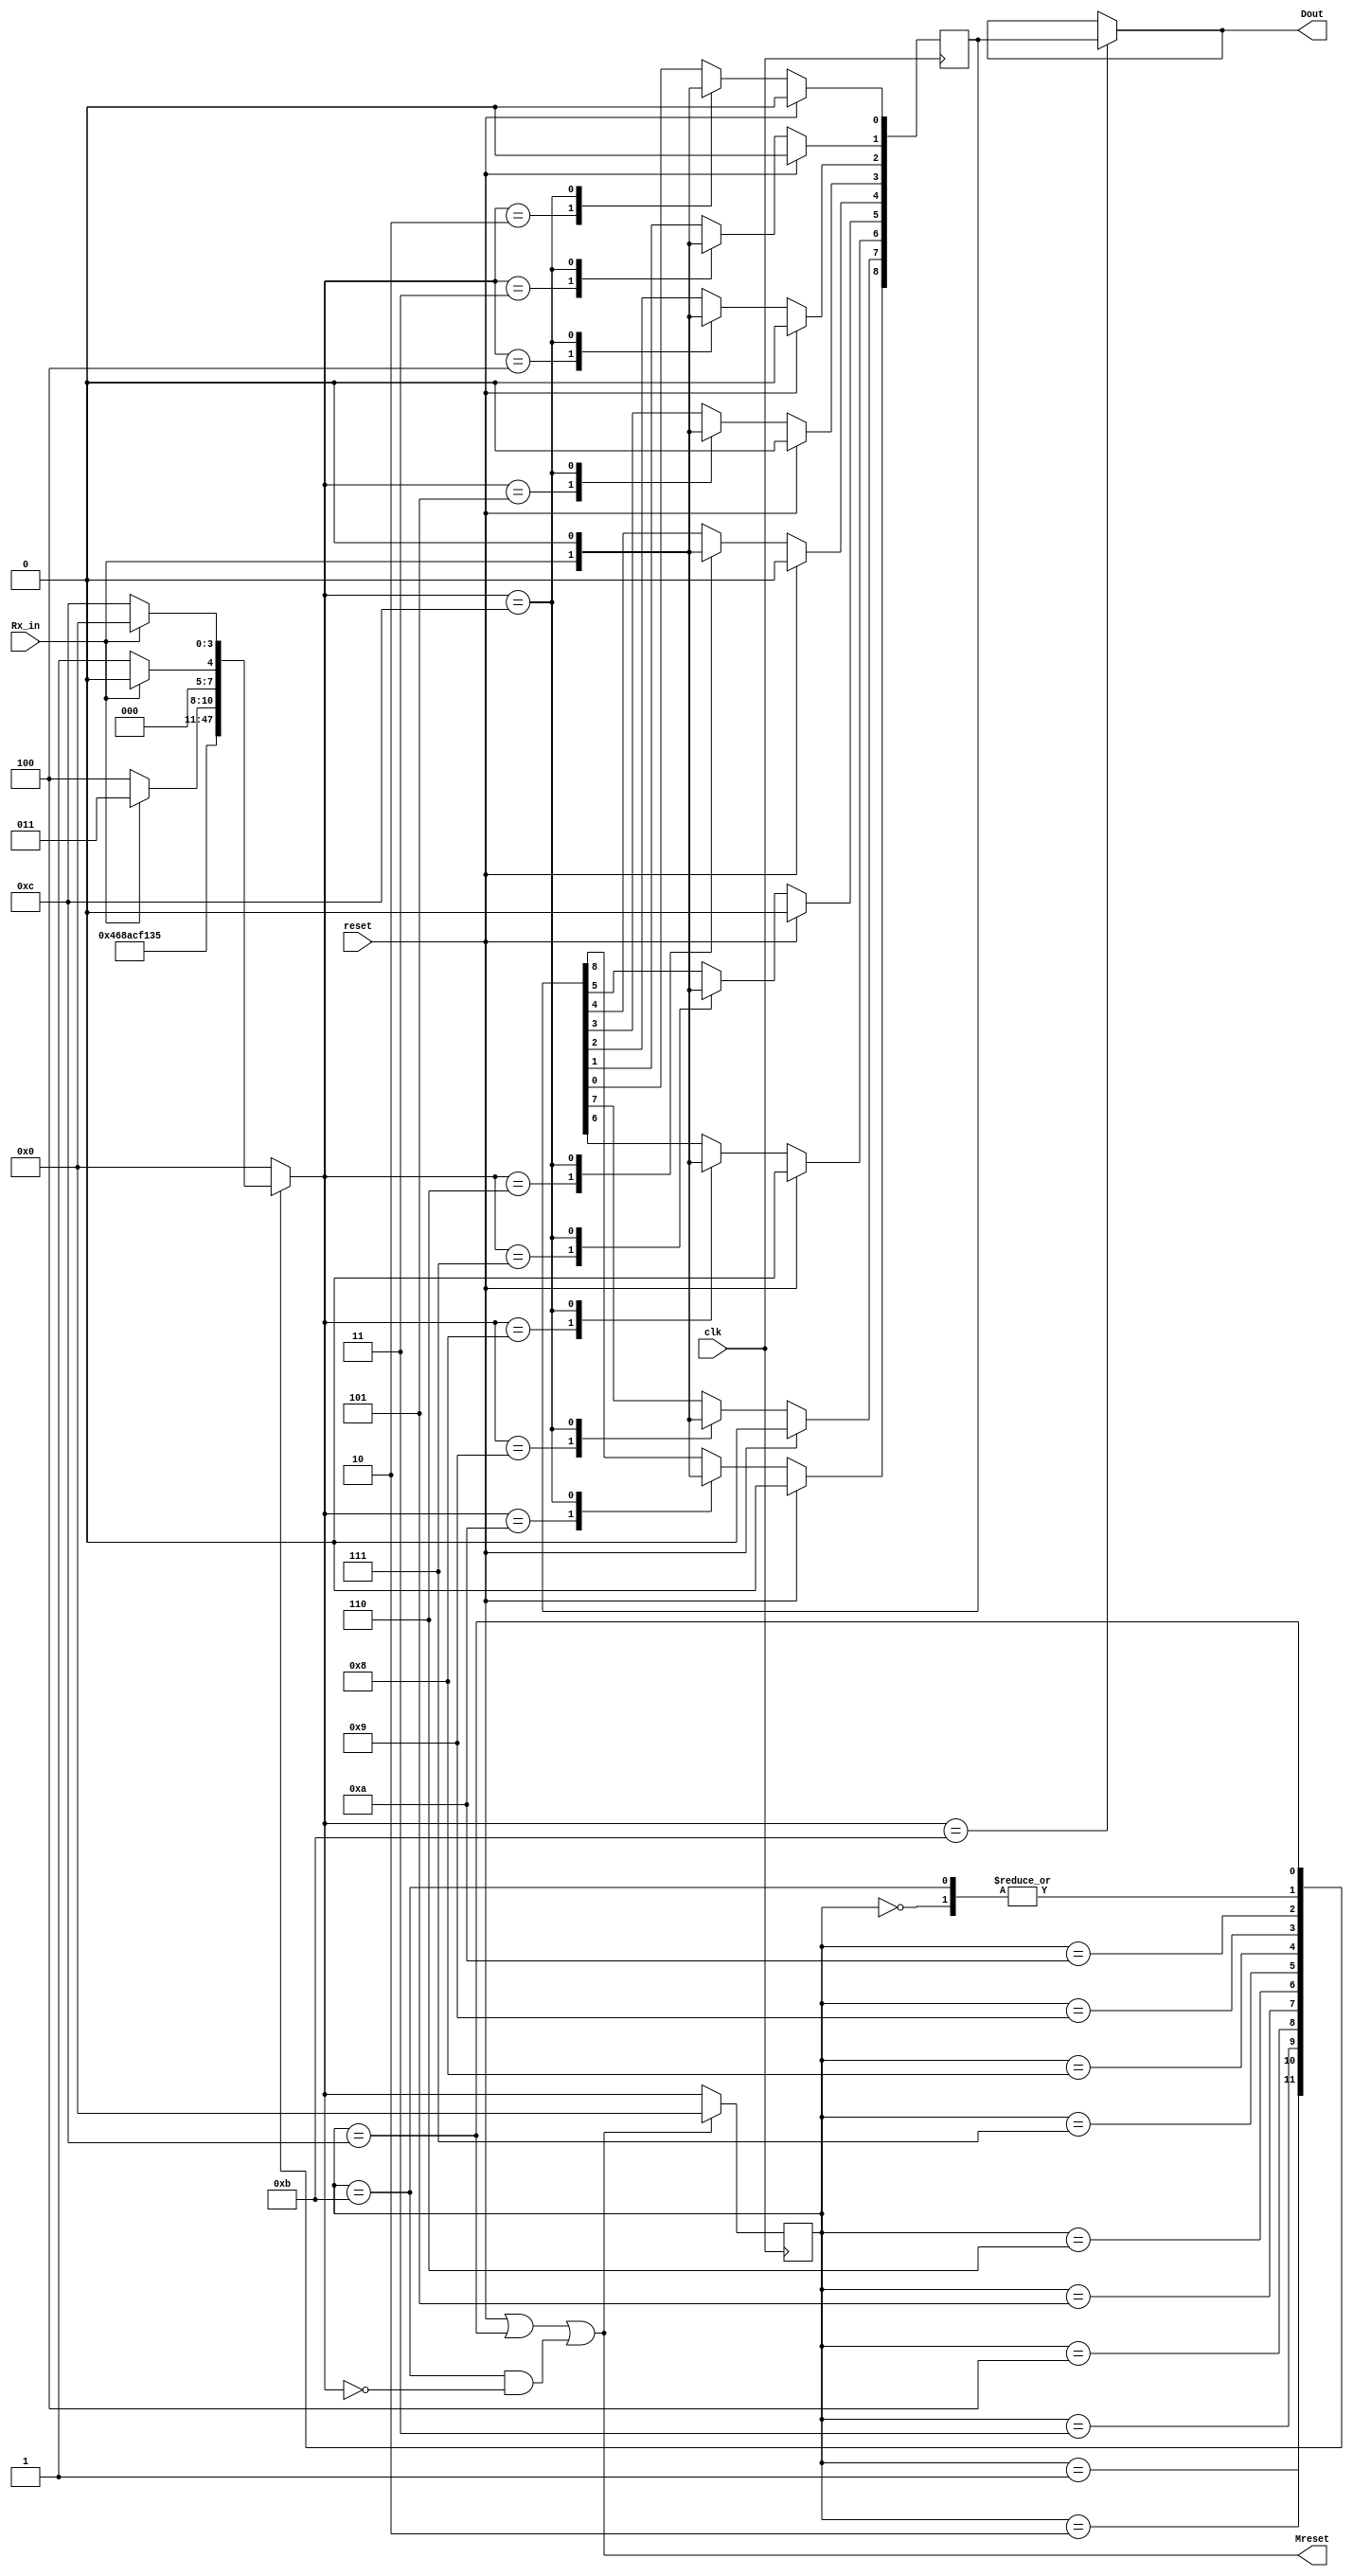
// This program was cloned from: https://github.com/SimNabong/UART-Transmitter-and-Receiver-with-Verilog
// License: MIT License

//state machine that takes the uart data with parity bit
module UARTReceiverStateMachine(
	input Rx_in, //received UART data from the Master
	input clk, //clk that will have a modified rate
	input reset, //synchronous reset
	output [8:0] Dout, //9-Bits sent to the P-checker
	output wire Mreset //sends a bit to the master to reset the masters(transmitters) signal
);

	//states of the state machine
	parameter Idle=4'd0,Start=4'd1,d0=4'd2,d1=4'd3,d2=4'd4,d3=4'd5,d4=4'd6,d5=4'd7,d6=4'd8,d7=4'd9,ParityB=4'd10,Stop=4'd11,Error=4'd12;
	
	reg [3:0] state,next_state; //place holder
	reg [8:0] Drs; //temp data that might get sent to the Parity checker
	
	
	always@(posedge clk) begin //updates the state machine
		if(Mreset)
			state <= Idle;
		else
			state <= next_state;					
	end
	
	always@(*)begin //dictates what the state of the machine moves to depending on the "state" and the input Rx_in 
		case(state)
			Idle: 	next_state=(~Rx_in)?Start:Idle;
			Start:	next_state=d0;
			d0:		next_state=d1;
			d1:		next_state=d2;
			d2:		next_state=d3;
			d3:		next_state=d4;
			d4:		next_state=d5;
			d5:		next_state=d6;
			d6:		next_state=d7;
			d7:		next_state=ParityB;
			ParityB:	next_state=(Rx_in)?Stop:Error;
			Stop:		next_state=(Rx_in)?Idle:Start;
			Error:	next_state=(Rx_in)?Idle:Error;
			default:	next_state=Idle;
		endcase
	end
	
	
	always@(posedge clk)begin //places the data bits and the parity bit to the temporary register
		if(reset)
			Drs <= 9'd0;
		else
			case(next_state)
				d0:Drs[0] <= Rx_in;
				d1:Drs[1] <= Rx_in;
				d2:Drs[2] <= Rx_in;
				d3:Drs[3] <= Rx_in;
				d4:Drs[4] <= Rx_in;
				d5:Drs[5] <= Rx_in;
				d6:Drs[6] <= Rx_in;
				d7:Drs[7] <= Rx_in;
				ParityB:Drs[8] <= Rx_in;
				Error: Drs <= 9'd0;
				default: Drs <= Drs;
			endcase
	end
	

	assign Dout = (next_state==Stop)?Drs:Dout; //if condition is met, data and parity bit which was stored in Drs is sent to the parity checker, else nothing gets sent.
	assign Mreset = reset||state==Error||(state==Stop&&next_state==Idle); //resets the state machine
		
endmodule